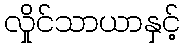
လှိုင်သာယာနှင့်